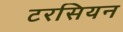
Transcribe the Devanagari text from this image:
टरसियन